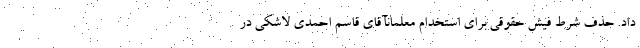
داد. حذف شرط فیش حقوقی برای استخدام معلمانآقای قاسم احمدی لاشکی در